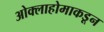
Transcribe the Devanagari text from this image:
ओक्लाहोमाकडून